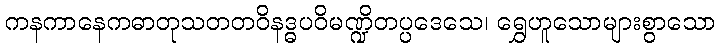
ကနကာနေကဓာတုသတတဝိနဒ္ဓပဝိမဏ္ဍိတပ္ပဒေသေ၊ ရွှေဟူသောများစွာသော